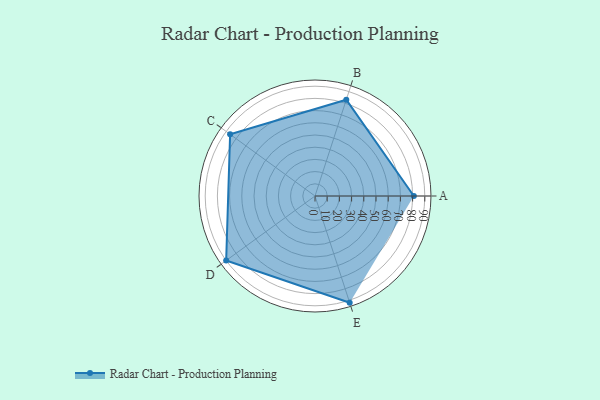
{"axis": {"x": "Skill", "y": "Score"}, "legend": ["Profile"], "data": [{"x": "A", "y": 81.0, "type": "Profile"}, {"x": "B", "y": 83.0, "type": "Profile"}, {"x": "C", "y": 86.0, "type": "Profile"}, {"x": "D", "y": 90.0, "type": "Profile"}, {"x": "E", "y": 92.0, "type": "Profile"}]}